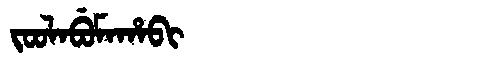
Manchu: ᠵᠣᠣᠯᠠᠪᡠᠮᠠᡥᠠᠪᡳ
Romanization: JOOLABUMAHABI